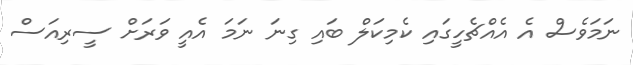
ނަމަވެސް އެ އެއްޗެހީގައި ކެމިކަލް ބައި ގިނަ ނަމަ އެއީ ވަރަށް ސީރިއަސް